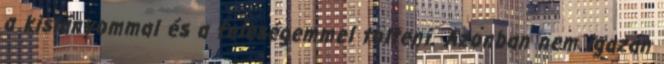
a kislányommal és a feleségemmel tölteni. Azonban nem igazán